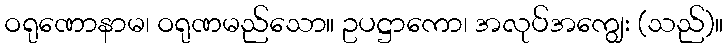
ဝရုဏောနာမ၊ ဝရုဏမည်သော။ ဥပဋ္ဌာကော၊ အလုပ်အကျွေး (သည်)။